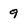
Character: 9